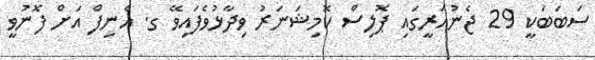
ސަބަބަކީ 29 ޖެނުއަރީގައި ޕޮލިސް ކޮމިޝަނަރު ވިދާޅުވެފައިވޭ ގ. އެނިފް އަށް ފޮނުވީ